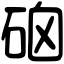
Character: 硇